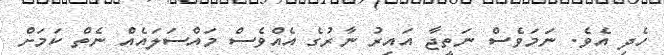
ހެދި އެވެ. ނަމަވެސް ނަތީޖާ އައިރު ނާރުގެ އެއްވެސް މައްސަލައެއް ނެތް ކަމަށް